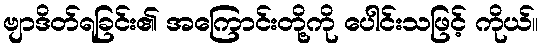
ဗျာဒိတ်ရခြင်း၏ အကြောင်းတို့ကို ပေါင်းသဖြင့် ကိုယ်။